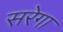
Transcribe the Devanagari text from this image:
सरेगा